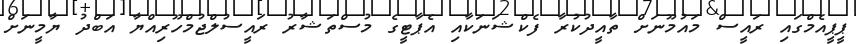
ޕީޕީއެމްގައި ރައީސް މައުމޫނަށް ތާއީދުކުރާ ފެކްޝަނަކާއި އެޕާޓީގެ މުސްތަޝާރު ރައީސުލްޖުމްހޫރިއްޔާ އަބްދު ޔާމީނަށް